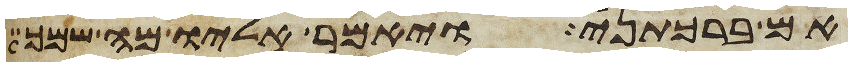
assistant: אם ברכתני ויאמר אליו מה שמך